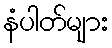
နံပါတ်များ